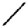
Digit: 1